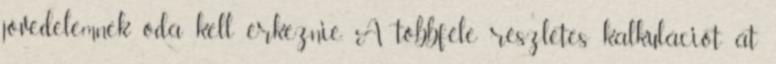
jövedelemnek oda kell érkeznie. A többféle részletes kalkulációt át